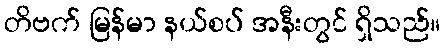
တိဗက် မြန်မာ နယ်စပ် အနီးတွင် ရှိသည်။